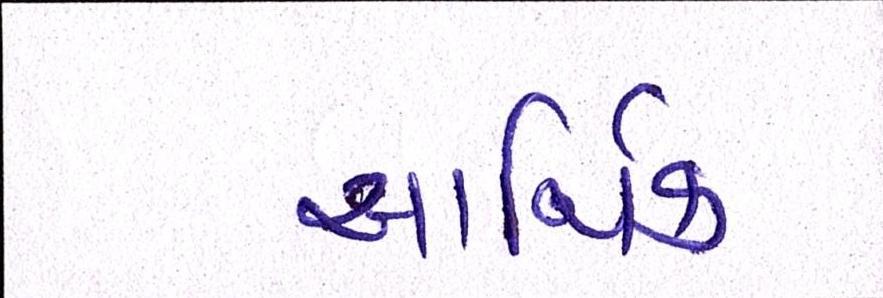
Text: આર્થિક